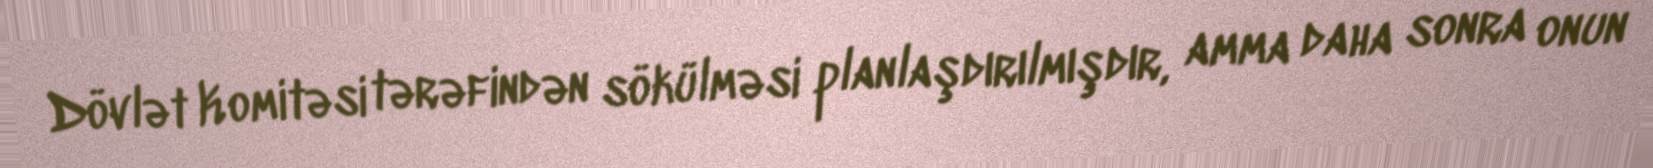
Dövlət Komitəsi tərəfindən sökülməsi planlaşdırılmışdır, amma daha sonra onun